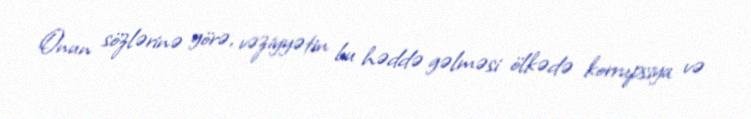
Onun sözlərinə görə, vəziyyətin bu həddə gəlməsi ölkədə korrupsiya və